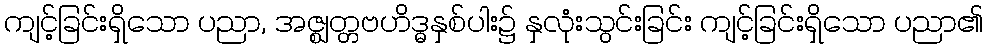
ကျင့်ခြင်းရှိသော ပညာ, အဇ္ဈတ္တဗဟိဒ္ဓနှစ်ပါး၌ နှလုံးသွင်းခြင်း ကျင့်ခြင်းရှိသော ပညာ၏